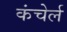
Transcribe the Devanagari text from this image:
कंचेर्ल